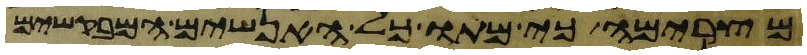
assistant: מצרימה כי מתו כל האנשים המבקשים